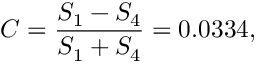
C = \frac { S _ { 1 } - S _ { 4 } } { S _ { 1 } + S _ { 4 } } = 0 . 0 3 3 4 ,